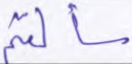
سألتم